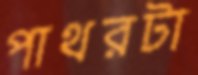
পাথরটা